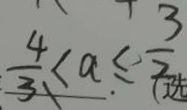
\frac { 4 } { 3 } \leq a \leq \frac { 3 } { 2 }